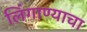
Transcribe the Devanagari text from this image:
लिंगाण्याचा